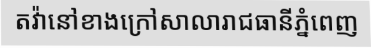
តវ៉ានៅខាងក្រៅសាលារាជធានីភ្នំពេញ